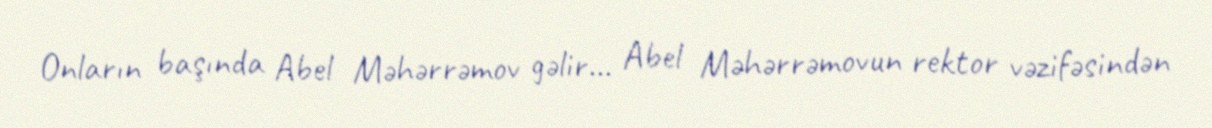
Onların başında Abel Məhərrəmov gəlir... Abel Məhərrəmovun rektor vəzifəsindən